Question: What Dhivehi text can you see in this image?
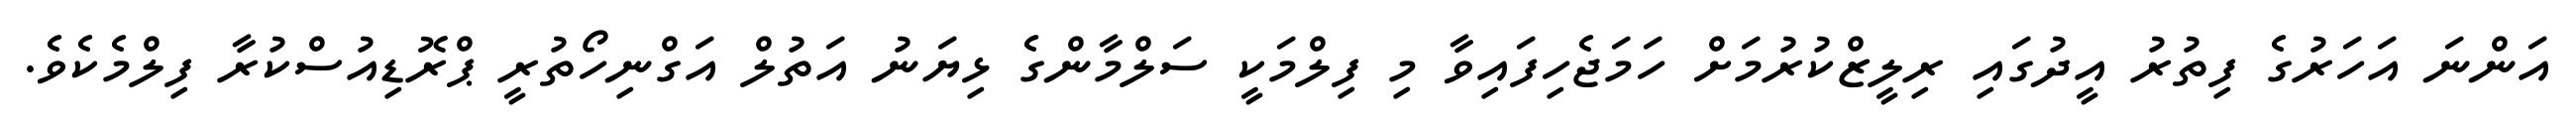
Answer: އަންނަ އަހަރުގެ ފިތުރު އީދުގައި ރިލީޒްކުރުމަށް ހަމަޖެހިފައިވާ މި ފިލްމަކީ ސަލްމާންގެ ޅިޔަނު އަތުލް އަގްނިހޯތުރީ ޕްރޮޑިއުސްކުރާ ފިލްމެކެވެ.